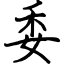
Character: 委